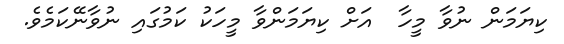
ކިޔަމަން ނުވާ މީހާ  އަށް ކިޔަމަންވާ މީހަކު ކަމުގައި ނުވާނޭކަމެވެ.